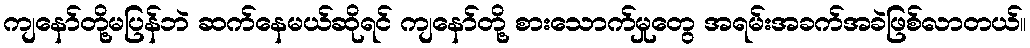
ကျနော်တို့မပြန်ဘဲ ဆက်နေမယ်ဆိုရင် ကျနော်တို့ စားသောက်မှုတွေ အရမ်းအခက်အခဲဖြစ်လာတယ်။